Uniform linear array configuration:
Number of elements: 64
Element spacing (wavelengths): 0.75
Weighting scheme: kaiser
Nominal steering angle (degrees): -30
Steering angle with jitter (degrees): -30.895
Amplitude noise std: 0.05
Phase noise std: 0.05

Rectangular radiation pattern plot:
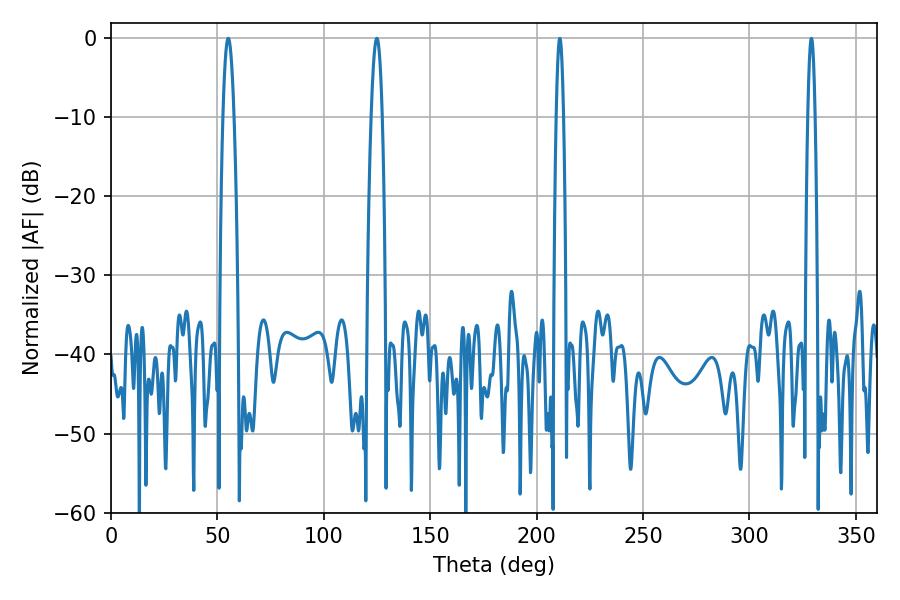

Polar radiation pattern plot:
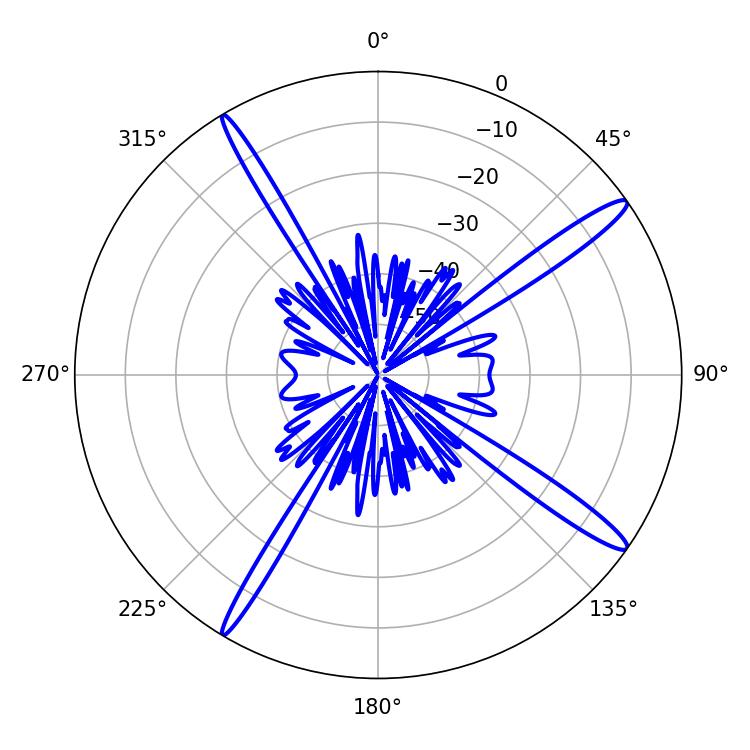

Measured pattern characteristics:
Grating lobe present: TRUE
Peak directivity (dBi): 15.833
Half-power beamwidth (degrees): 2.88
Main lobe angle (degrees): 124.92